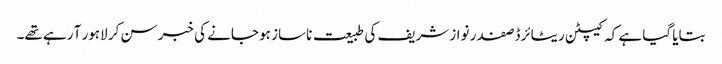
بتایا گیا ہے کہ کیپٹن ریٹائرڈ صفدر نواز شریف کی طبیعت ناساز ہو جانے کی خبر سن کر لاہور آ رہے تھے۔